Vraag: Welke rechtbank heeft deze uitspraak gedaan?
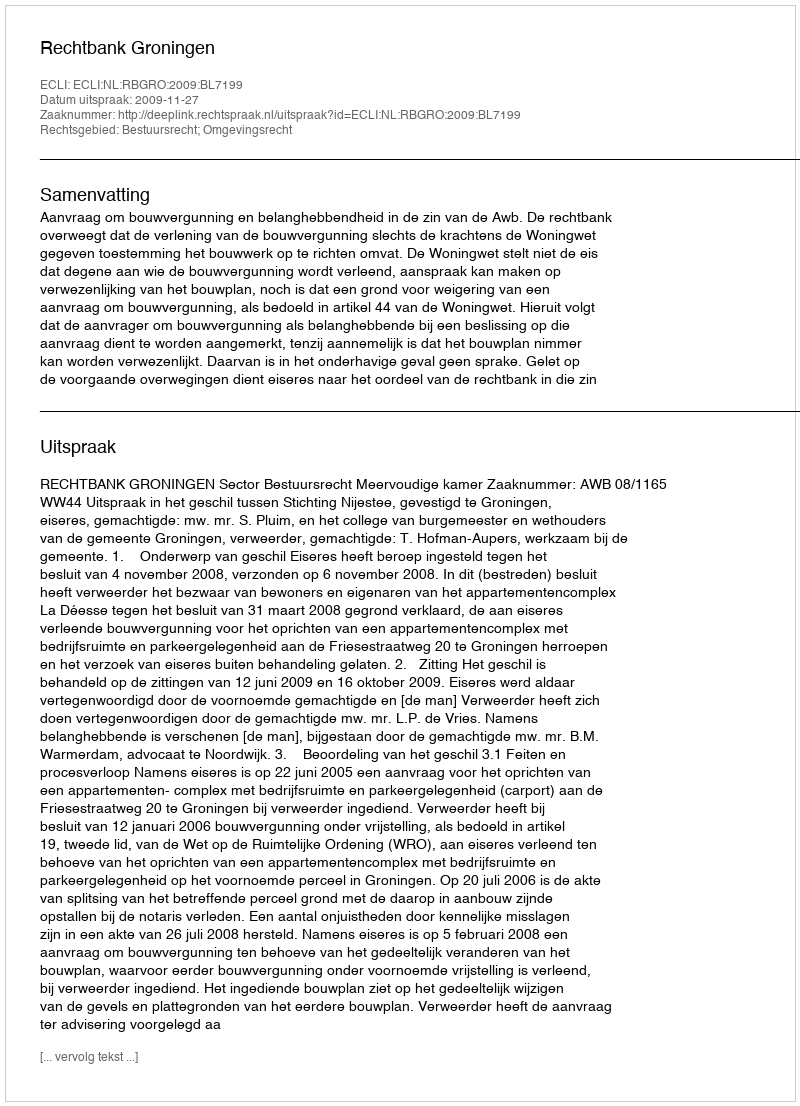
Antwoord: Rechtbank Groningen